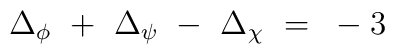
\Delta_{\phi}~+~\Delta_{\psi}~-~\Delta_{\chi}~=~-3